Annual report of the Punjab Veterinary College and of the Civil Veterinary Department, Punjab - 1920-1925
Year: 1920
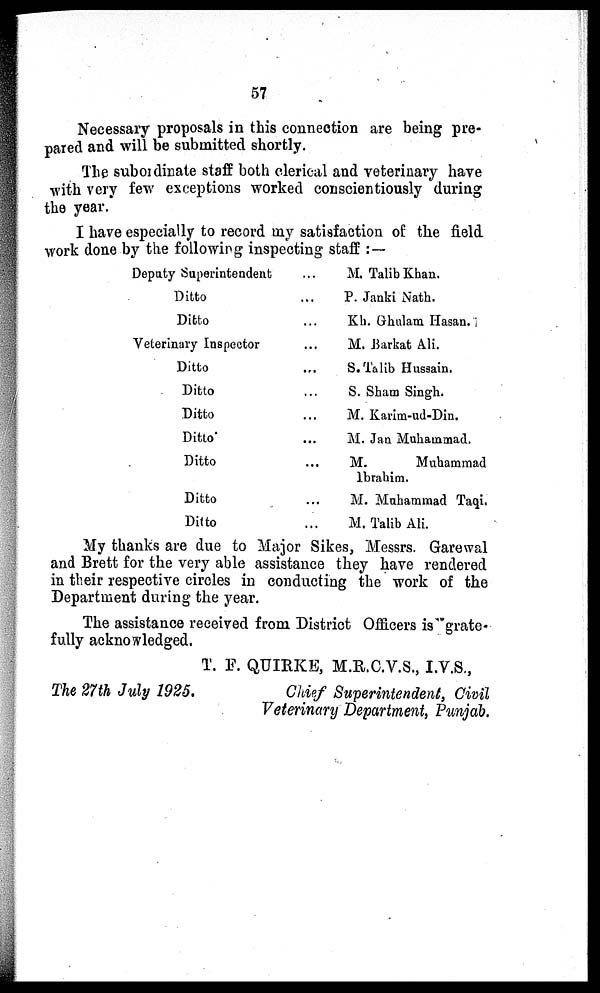
57
Necessary proposals in this connection are being pre-
pared and will be submitted shortly.
The subordinate staff both clerical and veterinary have
with very few exceptions worked conscientiously during
the year.
I have especially to record my satisfaction of the field
work done by the following inspecting staff :—
Deputy Superintendent
Ditto
Ditto
Veterinary Inspector
Ditto
Ditto
Ditto
Ditto
Ditto
Ditto
Ditto
...
...
...
...
...
...
...
...
...
...
...
M. Talib Khan.
P. Janki Nath.
Kh. Ghulam Hasan.
M. Barkat Ali.
S. Talib Hussain.
S. Sham Singh.
M. Karim-ud-Din.
M. Jan Muhammad.
M.
Muhammad
Ibrahim.
M. Muhammad Taqi.
M. Talib Ali.
My thanks are due to Major Sikes, Messrs. Garewal
and Brett for the very able assistance they have rendered
in their respective circles in conducting the work of the
Department during the year.
The assistance received from District Officers is grate-
fully acknowledged.
T. F. QUIRKE, M.R.C.V.S., I.V.S.,
The 27th July 1925.
Chief Superintendent, Civil
Veterinary Department, Punjab.